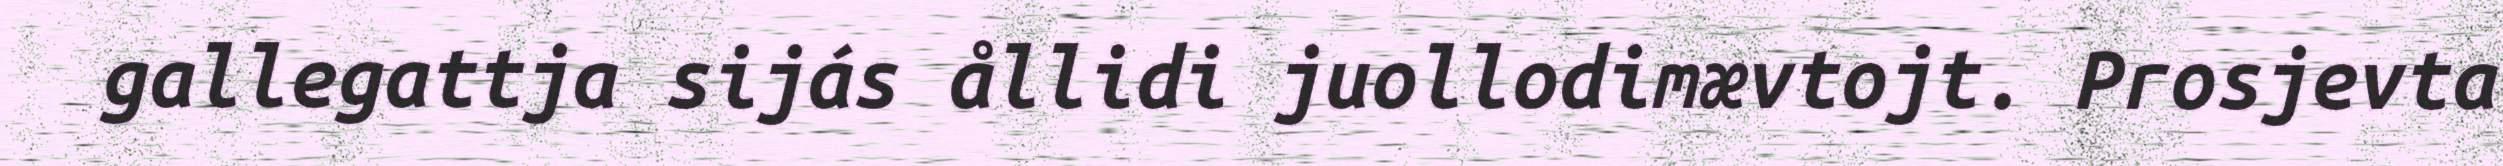
gallegattja sijás ållidi juollodimævtojt. Prosjevta